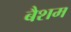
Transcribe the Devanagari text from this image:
बैशम